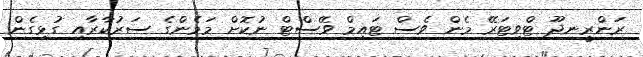
ރަންރީނދޫ ޓްވިޓަރޭ މެން ވެސް ޓައިމް ވޭސްޓް ނުކޮށް މަމެންގެ ސަރުކާރާއި ގުޅިގެން